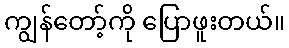
ကျွန်တော့်ကို ပြောဖူးတယ်။